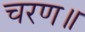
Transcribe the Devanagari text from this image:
चरण॥